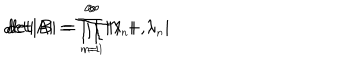
LaTeX: d e t \vert A \vert = \prod _ { \scriptscriptstyle n = 1 } ^ { \infty } \vert \lambda _ { \scriptscriptstyle n } \vert , \hspace { 2 c m } d e t \vert B \vert = \prod _ { \scriptscriptstyle n = 1 } ^ { \infty } \vert 1 + \lambda _ { \scriptscriptstyle n } \vert